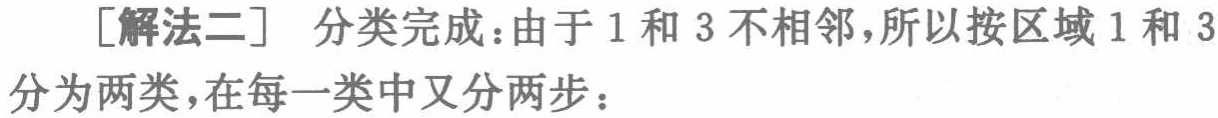
[解法二] 分类完成：由于 1 和 3 不相邻，所以按区域 1 和 3 分为两类，在每一类中又分两步：